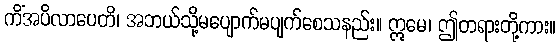
ကိံအပိလာပေတိ၊ အဘယ်သို့မပျောက်မပျက်စေသနည်း။ ဣမေ၊ ဤတရားတို့ကား။